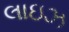
લાઇઝ